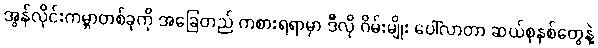
အွန်လိုင်းကမ္ဘာတစ်ခုကို အခြေတည် ကစားရရာမှာ ဒီလို ဂိမ်းမျိုး ပေါ်လာတာ ဆယ်စုနှစ်တွေနဲ့